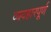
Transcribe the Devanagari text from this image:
व्यवहारपूर्ण